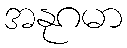
အနုဂမာ